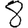
Digit: 8